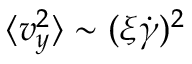
\langle v _ { y } ^ { 2 } \rangle \sim ( \xi \dot { \gamma } ) ^ { 2 }